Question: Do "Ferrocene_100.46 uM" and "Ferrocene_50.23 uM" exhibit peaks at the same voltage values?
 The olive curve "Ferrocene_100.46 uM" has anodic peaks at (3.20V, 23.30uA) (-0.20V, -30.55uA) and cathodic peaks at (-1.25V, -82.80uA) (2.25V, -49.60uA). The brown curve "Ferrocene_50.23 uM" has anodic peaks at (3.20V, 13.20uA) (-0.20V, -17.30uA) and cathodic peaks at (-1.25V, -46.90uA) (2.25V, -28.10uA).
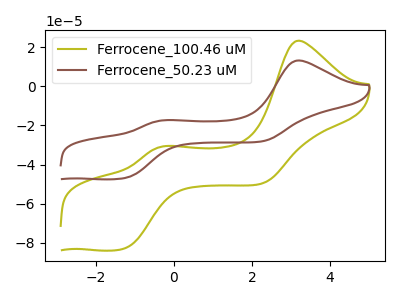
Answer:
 <answer>Yes, "Ferrocene_100.46 uM" have a peak in "Ferrocene_50.23 uM" at the same potential.</answer>
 <eval>match</eval>